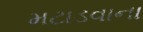
મટાડવાના